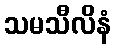
သမသီလိနံ